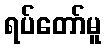
ရပ်တော်မူ